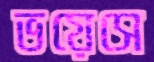
ভয়েসে